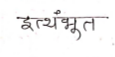
मजकूर: इत्थंभूत